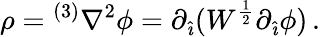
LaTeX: \rho={}^{(3)}\nabla^{2}\phi=\partial_{\hat{\imath}}(W^{\frac{1}{2}}\partial_{\hat{\imath}}\phi)\, .